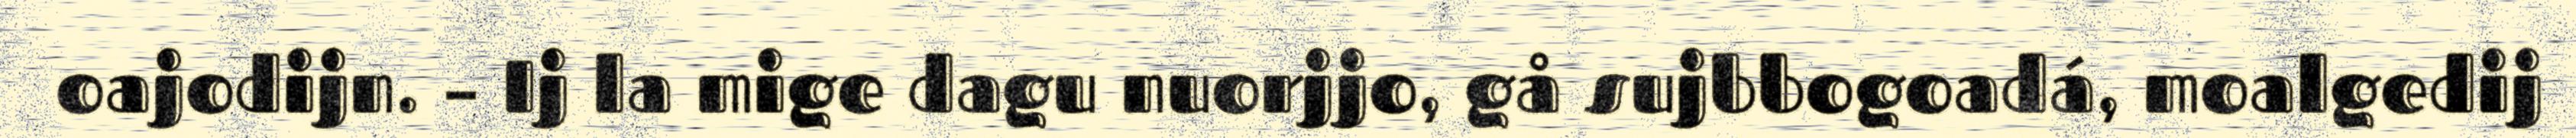
oajodijn. – Ij la mige dagu nuorjjo, gå sujbbogoadá, moalgedij